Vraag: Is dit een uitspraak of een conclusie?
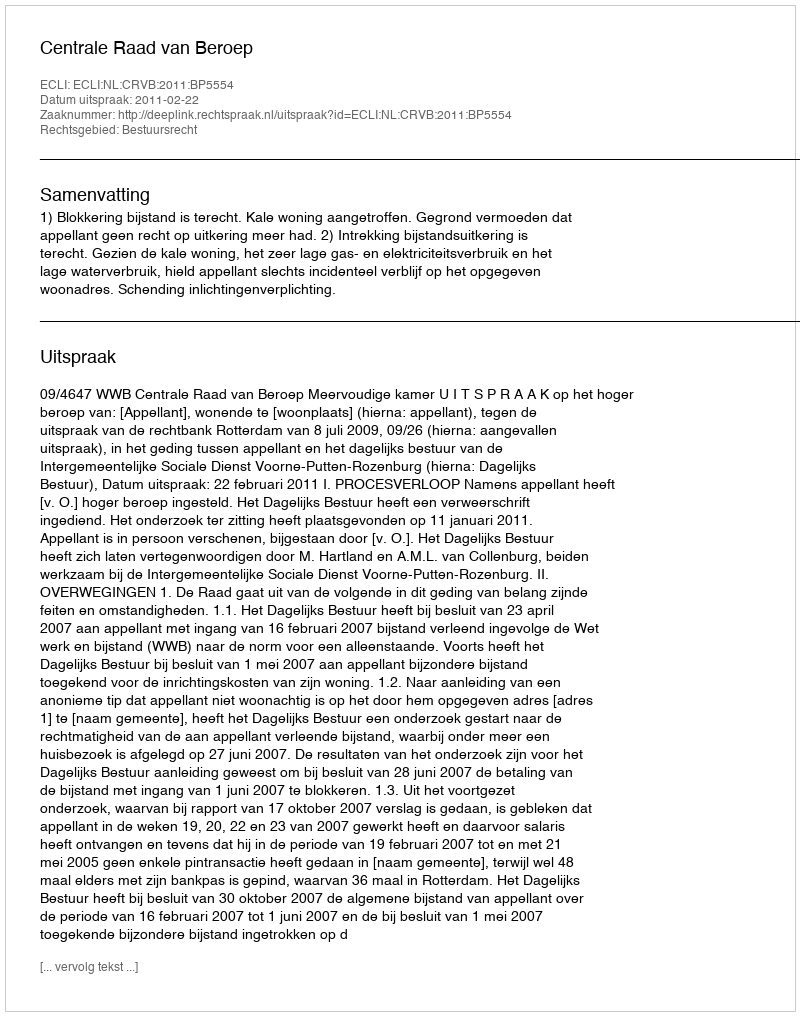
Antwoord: Uitspraak